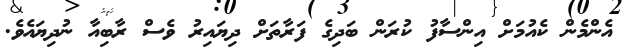
އެންމެން ކެއުމަށް އިންސާފު ކުރަން ބަދިގެ ފަރާތަށް ދިޔައިރު ވެސް ރާބިއާ ނުދިޔައެވެ.